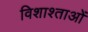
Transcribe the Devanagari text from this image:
विशाश्ताओं